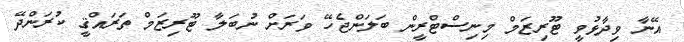
އޭނާ ވިދާޅުވީ ޓޫރިޒަމް މިނިސްޓްރީން ބަލަންޖެހޭ ވަރަށް ނުބަލާ ޓޫރިޒަމް ތަރައްޤީ ކުރަންދޭ